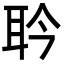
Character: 耹